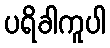
ပရိခါကူပါ